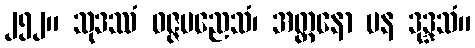
၂၅၂။ သုဒဿံ ဝဇ္ဇမညေသံ၊ အတ္တနော ပန ဒုဒ္ဒသံ။